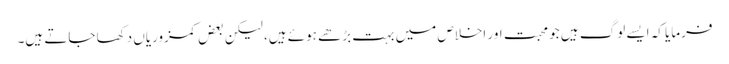
فرمایا کہ ایسے لوگ ہیں جو محبت اور اخلاص میں بہت بڑھے ہوئے ہیں، لیکن بعض کمزوریاں دکھا جاتے ہیں۔